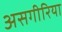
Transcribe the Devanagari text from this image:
असगीरिया